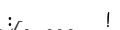
:         !